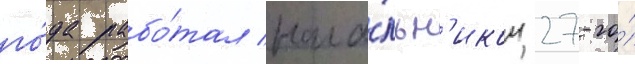
го́да рабо́тал нача́льн'иком 27-го́